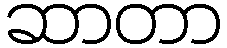
ဆာတာ